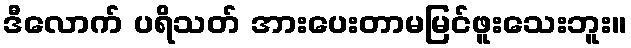
ဒီလောက် ပရိသတ် အားပေးတာမမြင်ဖူးသေးဘူး။